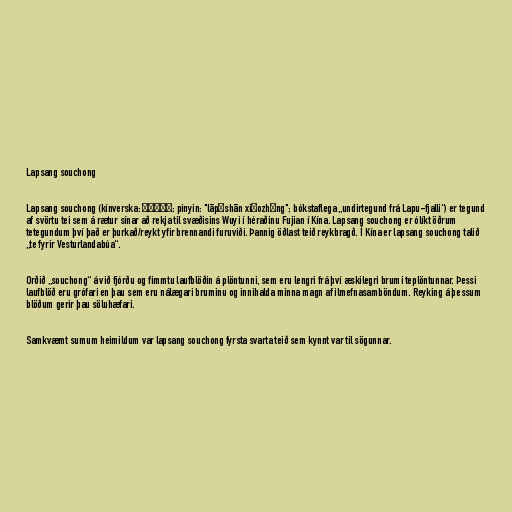
Lapsang souchong

Lapsang souchong (kínverska: 拉普山小種; pinyin: "lāpǔshān xiǎozhǒng"; bókstaflega „undirtegund frá Lapu-fjalli“) er tegund
af svörtu tei sem á rætur sínar að rekja til svæðisins Wuyi í héraðinu Fujian í Kína. Lapsang souchong er ólíkt öðrum
tetegundum því það er þurkað/reykt yfir brennandi furuviði. Þannig öðlast teið reykbragð. Í Kína er lapsang souchong talið
„te fyrir Vesturlandabúa“.

Orðið „souchong“ á við fjórðu og fimmtu laufblöðin á plöntunni, sem eru lengri frá því æskilegri brumi teplöntunnar. Þessi
laufblöð eru grófari en þau sem eru nálægari bruminu og innihalda minna magn af ilmefnasamböndum. Reyking á þessum
blöðum gerir þau söluhæfari.

Samkvæmt sumum heimildum var lapsang souchong fyrsta svarta teið sem kynnt var til sögunnar.